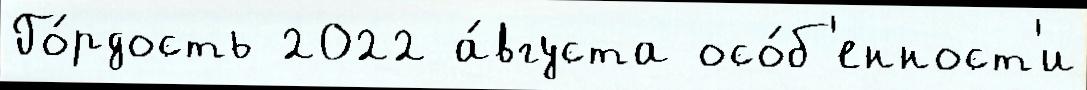
Го́рдость 2022 а́вгуста осо́б'енност'и